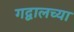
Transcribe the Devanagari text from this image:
गद्वालच्या